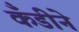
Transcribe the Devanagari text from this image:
कँडीने